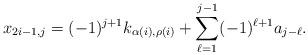
LaTeX: \begin{align*} x_{2i-1,j} = (-1)^{j+1} k_{\alpha(i), \rho(i)} + \sum_{\ell=1}^{j-1} (-1)^{\ell+1} a_{j-\ell}.\end{align*}